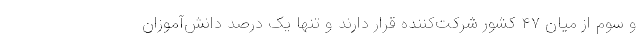
و سوم از میان ۴۷ کشور شرکت‌کننده قرار دارند و تنها یک درصد دانش‌آموزان